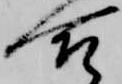
合